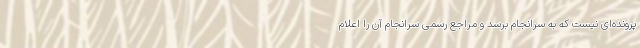
پرونده‌ای نیست که به سرانجام برسد و مراجع رسمی سرانجام آن را اعلام